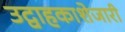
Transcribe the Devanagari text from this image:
उद्वाहकाशेजारी